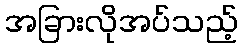
အခြားလိုအပ်သည့်